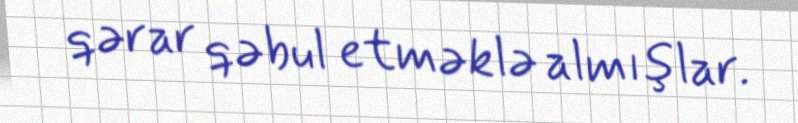
qərar qəbul etməklə almışlar.